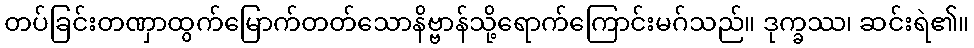
တပ်ခြင်းတဏှာထွက်မြောက်တတ်သောနိဗ္ဗာန်သို့ရောက်ကြောင်းမဂ်သည်။ ဒုက္ခဿ၊ ဆင်းရဲ၏။